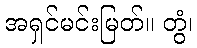
အရှင်မင်းမြတ်။ တွံ၊